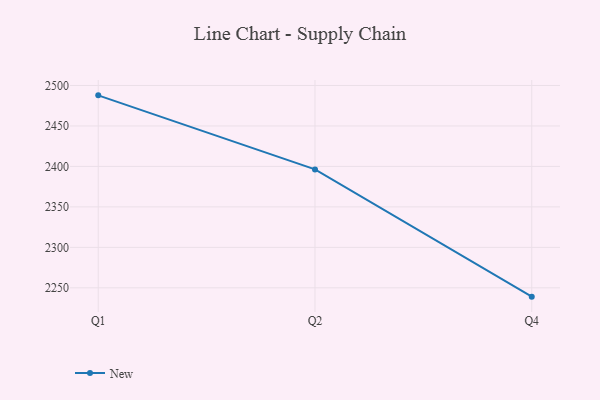
{"axis": {"x": "Quarter", "y": "Backlog"}, "legend": ["New"], "data": [{"x": "Q1", "y": 2487.8, "type": "New"}, {"x": "Q2", "y": 2396.3, "type": "New"}, {"x": "Q4", "y": 2239.1, "type": "New"}]}